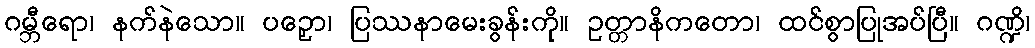
ဂမ္ဘီရော၊ နက်နဲသော။ ပဉှော၊ ပြဿနာမေးခွန်းကို။ ဥတ္တာနိကတော၊ ထင်စွာပြုအပ်ပြီ။ ဂဏ္ဍိ၊